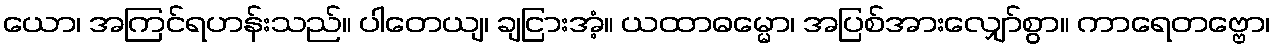
ယော၊ အကြင်ရဟန်းသည်။ ပါတေယျ၊ ချငြားအံ့။ ယထာဓမ္မော၊ အပြစ်အားလျှော်စွာ။ ကာရေတဗ္ဗော၊